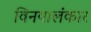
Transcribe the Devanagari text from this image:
विनयालंकार